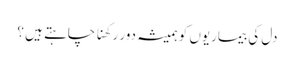
دل کی بیماریوں کو ہمیشہ دور رکھنا چاہتے ہیں ؟